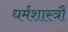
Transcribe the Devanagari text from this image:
धर्मशास्त्रौं